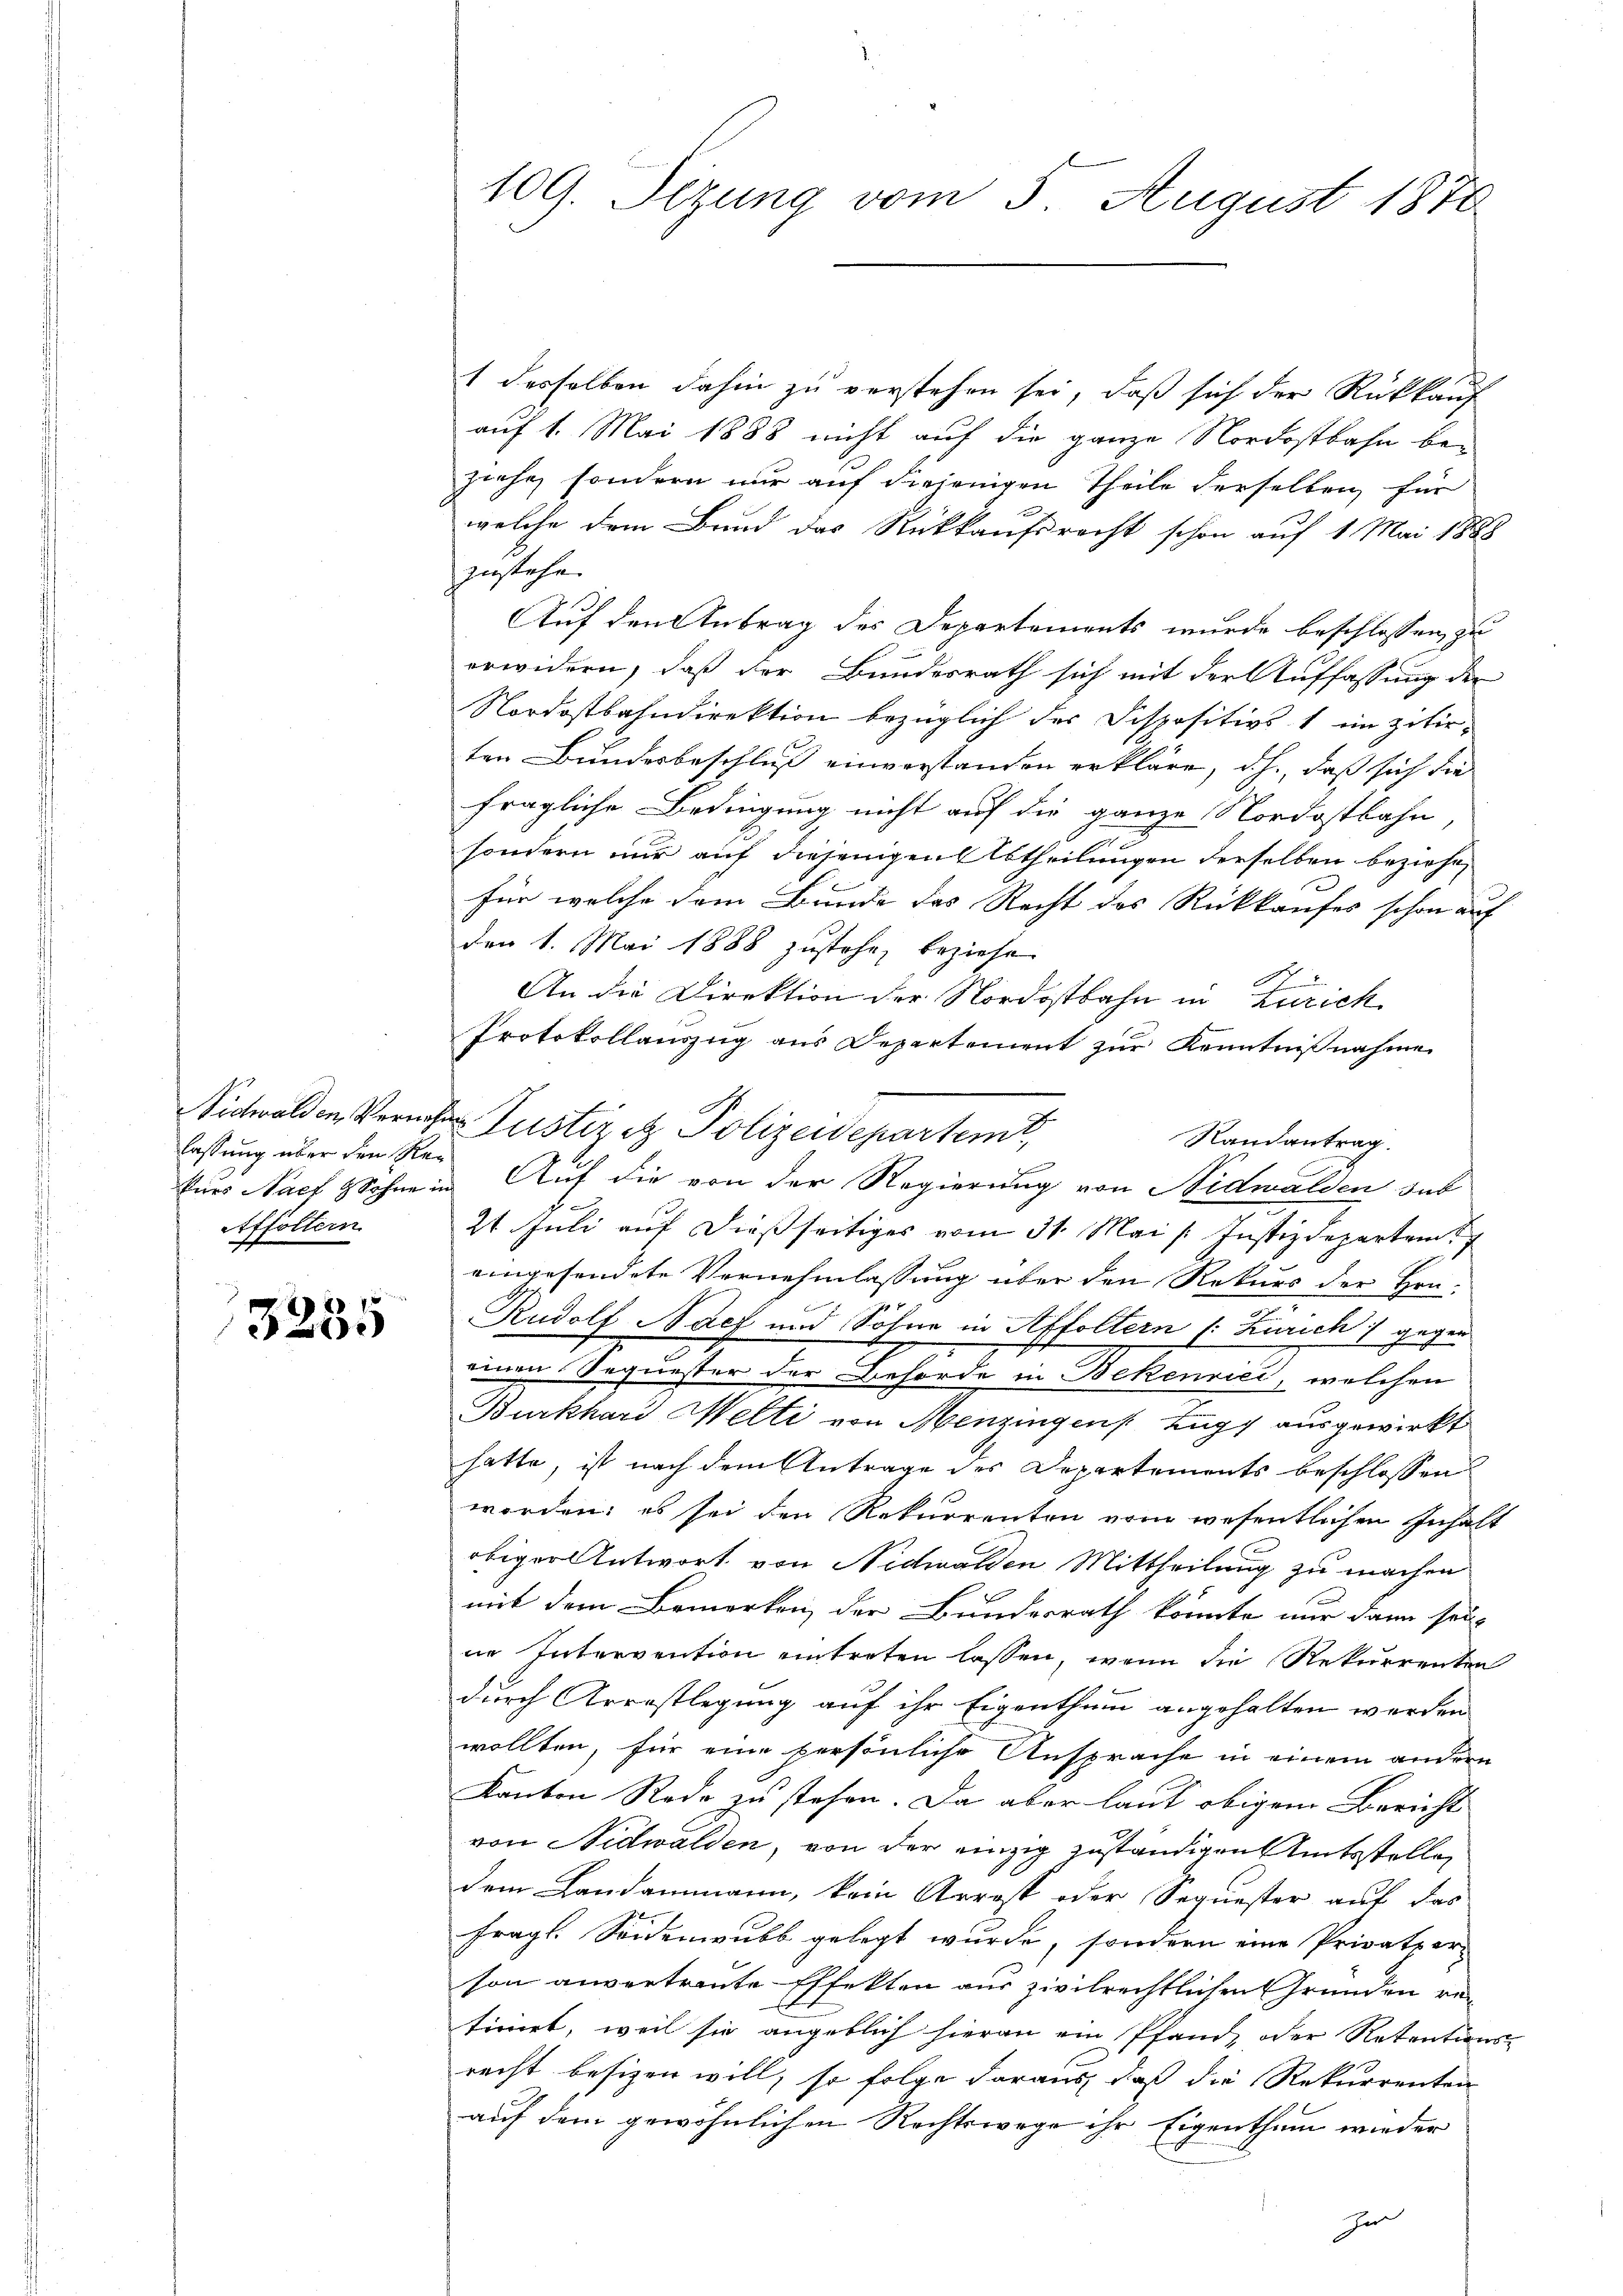
Vidwalden, Vernehlassung über den Rekers Nach & Sohne in
Affoltern
2

7 x
3250

109. Sezung vom 5. August 1870

1 desselben dahin zu verstehen sei, daß sich der Rückkauf
auf 1. Mai 1888 nicht auf die ganze Nordostbahn beziehe, sondern nur auf diejenigen Theile derselben für
welche dem Bund das Rückkaufsrecht schon auf 1 Mai 1888
zustehe.
Auf den Antrag des Departements wurde beschlossen zu
erwidern, daß der Bundesrath sich mit der Auffassung der
Nordostbahndirektion bezüglich der Dispositivst im zitirten Bundesbeschluß einverstanden erkläre, d. h., daß sich die
fragliche Bedingung nicht auf die ganze Nordostbahn,
sondern nur auf diejenigen Abtheilungen derselben beziehen
für welche dem Bunde des Recht des Rückkaufes schon auf
den 1. Mai 1888 zustehe, beziehe
An die Direktion der Nordostbahn in Zürich
Protokollauszug aus Departement zŭr Kenntnißnahme
Randantrag.
Auf die von der Regierung von Nidwalden das
2t Juli auf dießseitiges vom 31. Mai /: Justizdepartem
eingesendete Vernehmlassung über den Rekurs der Hen-
Rudolf Nach und Söhne in Affoltern (: Zürich) gegen
einen Sequester der Behörde in Bekenrici, welchen
Burkhard Welti von Menzingen Zugy ausgewirkt
hatte, ist nach dem Antrage des Departements beschlossen
worden; es sei den Rekurrenten vom wesentlichen Inhalt
obiger Antwort von Nidwalden Mittheilung zu machen
mit dem Bemerken der Bundesrath könnte nur dann sei-
ne Intervention eintreten lassen, wenn die Rekurrenten
durch Arrestlegung auf ihr Eigenthum angehalten werden
wollten, für eine persönliche Ansprache in einem andern
Kanton Rede zu stehen. Da aber laut obigem Bericht
von Nidwalden, von der einzig zuständigen Amtsstellen
dem Landammann, kein Arrost oder Sequester auf das
fragt. Seidenwubb gelegt wurde, sondern eine Privatper
son anvertraute Effekten aus zivilrechtlichen Gründen retinirt, weil sie angeblich hieran ein Pfand, oder Retentions-
recht besizen will, so folge daraus, daß die Rekurrenten
auf dem gewöhnlichen Rechtswege ihr Eigenthum wieder
her

Justiret. Polizeidepartem